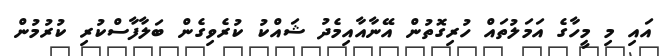
އައި މި މީހާގެ އަމަލުތައް ހުރިގޮތުން އޭނާއާއިމެދު ޝައްކު ކުރެވިގެން ބަލާފާސްކުރި ކުރުމުން